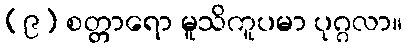
(၉) စတ္တာရော မူသိကူပမာ ပုဂ္ဂလာ။